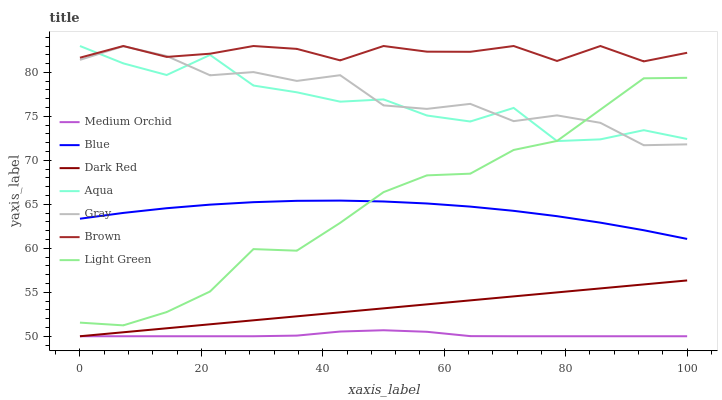
| xaxis_label | Medium Orchid | Blue | Dark Red | Aqua | Gray | Brown | Light Green |
 | --- | --- | --- | --- | --- | --- | --- | --- |
 | 0 | 50 | 63.4 | 50 | 83 | 81.4 | 81.7 | 51.5 |
 | 7.14 | 50 | 64 | 50.5 | 81 | 83 | 83 | 51.2 |
 | 14.3 | 50 | 64.6 | 50.9 | 79.7 | 81.9 | 81.8 | 52.7 |
 | 21.4 | 50 | 65 | 51.4 | 82 | 79.7 | 82.1 | 55.1 |
 | 28.6 | 50 | 65.2 | 51.8 | 78.5 | 80 | 83 | 59.9 |
 | 35.7 | 50.1 | 65.4 | 52.3 | 77.7 | 79 | 82.7 | 59.7 |
 | 42.9 | 50.5 | 65.4 | 52.7 | 76.7 | 79.7 | 81.4 | 62.9 |
 | 50 | 50.7 | 65.3 | 53.2 | 76.9 | 76.2 | 83 | 66.4 |
 | 57.1 | 50.5 | 65.1 | 53.6 | 75.1 | 75.9 | 82.4 | 68.3 |
 | 64.3 | 50 | 64.7 | 54.1 | 74.4 | 76.4 | 82.3 | 68.5 |
 | 71.4 | 50 | 64.3 | 54.5 | 76 | 74.5 | 83 | 71.2 |
 | 78.6 | 50 | 63.7 | 55 | 72.2 | 75.1 | 81.3 | 72.2 |
 | 85.7 | 50 | 62.9 | 55.4 | 72.4 | 74.3 | 83 | 75.8 |
 | 92.9 | 50 | 62.1 | 55.9 | 73.4 | 71.7 | 81.3 | 79.3 |
 | 100 | 50 | 61.1 | 56.3 | 72.4 | 71.8 | 82.2 | 79.4 |